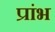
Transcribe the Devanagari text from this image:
प्रांभ